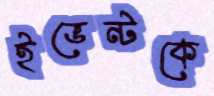
ইভেন্টকে